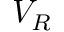
V _ { R }